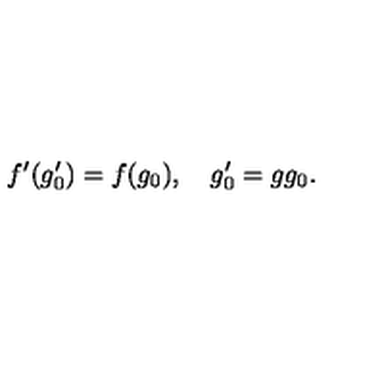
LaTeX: f ^ { \prime } ( g _ { 0 } ^ { \prime } ) = f ( g _ { 0 } ) , \quad g _ { 0 } ^ { \prime } = g g _ { 0 } .